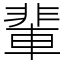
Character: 輩